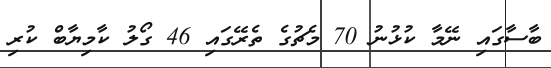
ބާސާގައި ނޭމާ ކުޅުނު 70 މެޗުގެ ތެރޭގައި 46 ގޯލު ކާމިޔާބް ކުރި